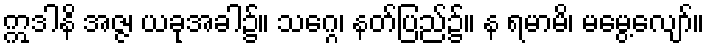
ဣဒါနိ အဇ္ဇ၊ ယခုအခါ၌။ သဂ္ဂေ၊ နတ်ပြည်၌။ န ရမာမိ၊ မမွေ့လျော်။